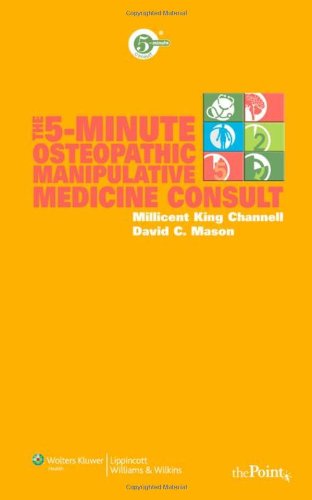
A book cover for The 5-Minute Osteopathic Manipulative Medicine Consult (The 5-Minute Consult Series); Millicent King Channell DO; Medical Books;